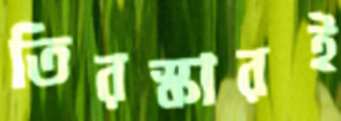
তিরস্কারই